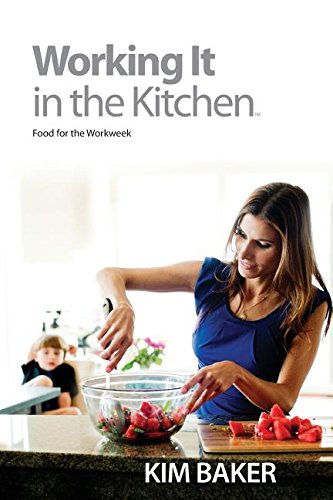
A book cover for Working It in the Kitchen: Food for the Workweek; Kim Baker; Health, Fitness & Dieting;